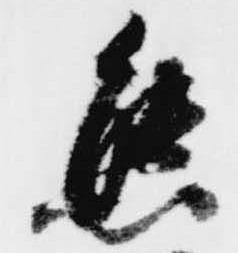
態